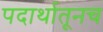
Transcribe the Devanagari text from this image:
पदार्थातूनच